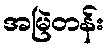
အမြဲတန်း